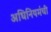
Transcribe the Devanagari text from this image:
अधिनियमंची